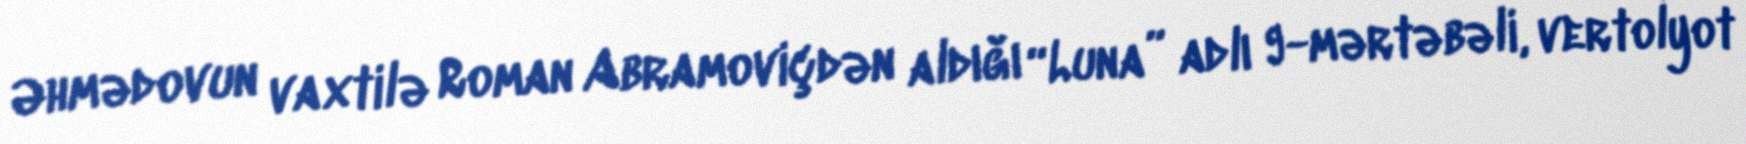
Əhmədovun vaxtilə Roman Abramoviçdən aldığı “Luna” adlı 9-mərtəbəli, vertolyot